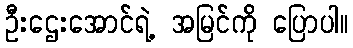
ဦးဌေးအောင်ရဲ့ အမြင်ကို ပြောပါ။